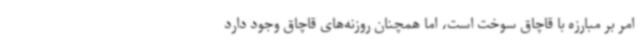
امر بر مبارزه با قاچاق سوخت است، اما همچنان روزنه‌های قاچاق وجود دارد